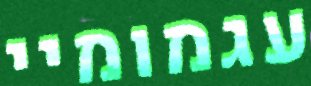
עגמומיי